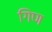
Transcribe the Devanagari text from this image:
गिण